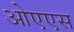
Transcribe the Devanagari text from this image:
ओएएस